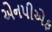
એનપીએફ